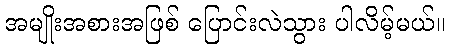
အမျိုးအစားအဖြစ် ပြောင်းလဲသွား ပါလိမ့်မယ်။